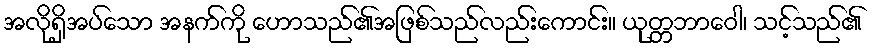
အလိုရှိအပ်သော အနက်ကို ဟောသည်၏အဖြစ်သည်လည်းကောင်း။ ယုတ္တဘာဝေါ၊ သင့်သည်၏